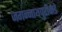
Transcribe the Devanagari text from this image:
जगन्नाथपुरीकडे